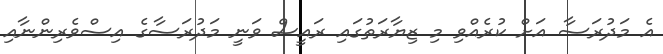
އެ މަދުރަސާ އަށް ކުރެއްވި މި ޒިޔާރަތުގައި ރައީސް ވަނީ މަދުރަސާގެ އިސްވެރިންނާއި